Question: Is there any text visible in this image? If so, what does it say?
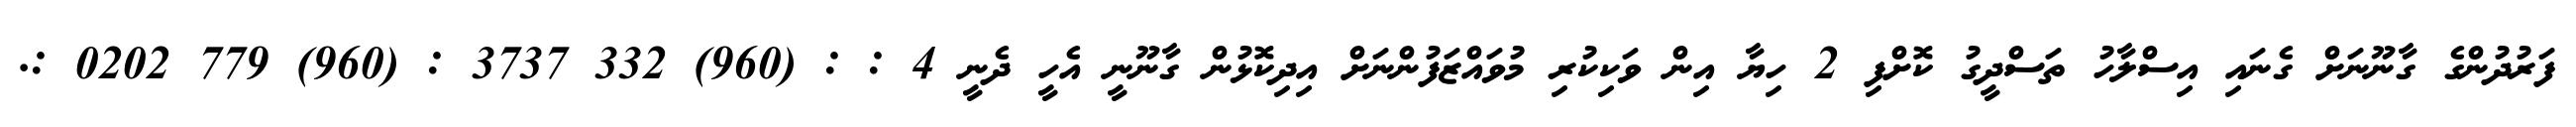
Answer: ފަރުދުންގެ ގާނޫނަށް ގެނައި އިސްލާހު ތަސްދީގު ކޮށްފި 2 ހިޔާ އިން ވަކިކުރި މުވައްޒަފުންނަށް އިދިކޮޅުން ގާނޫނީ އެހީ ދެނީ 4 : : (960) 332 3737 : (960) 779 0202 :.